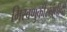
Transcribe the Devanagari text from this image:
मिरवणुकीसंबंधीची